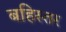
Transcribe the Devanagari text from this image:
बहिस्तर